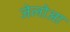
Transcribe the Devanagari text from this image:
जेलोआ